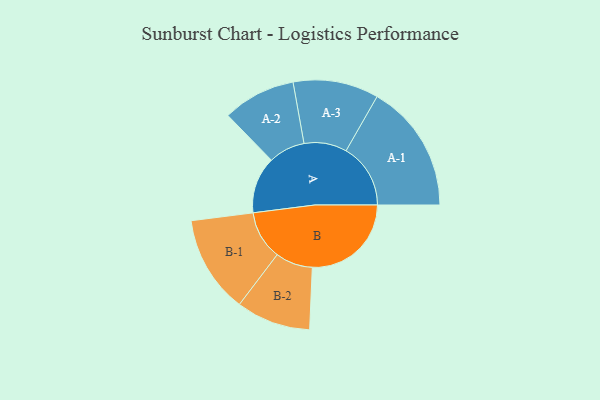
{"axis": {"x": "Segment", "y": "Value"}, "legend": ["", "A", "B"], "data": [{"x": "A", "y": 227, "type": ""}, {"x": "B", "y": 396, "type": ""}, {"x": "A-1", "y": 258, "type": "A"}, {"x": "A-2", "y": 146, "type": "A"}, {"x": "A-3", "y": 171, "type": "A"}, {"x": "B-1", "y": 195, "type": "B"}, {"x": "B-2", "y": 149, "type": "B"}]}